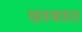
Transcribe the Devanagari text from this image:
खडबडत